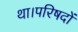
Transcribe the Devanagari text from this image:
था।परिषदों